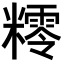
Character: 𥼸